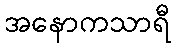
အနောကသာရီ